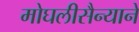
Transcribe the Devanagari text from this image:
मोघलीसैन्याने